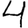
Digit: 4